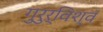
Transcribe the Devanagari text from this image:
गुरुर्विश्वं